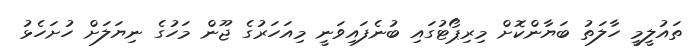
ތައުލީމީ ހާލަތު ބަޔާންކޮށް މިރިޕޯޓުގައި ބުނެފައިވަނީ މިއަހަރުގެ ޖޫން މަހުގެ ނިޔަލަށް ހުށަހެޅު